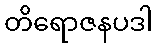
တိရောဇနပဒါ